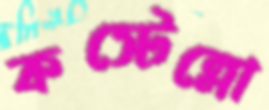
কস্টেল্লো